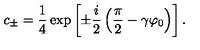
c _ { \pm } = \frac 1 4 \exp \left[ \pm \frac { i } { 2 } \left( \frac { \pi } { 2 } - \gamma \varphi _ { 0 } \right) \right] .